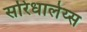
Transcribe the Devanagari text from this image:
सरिधालेय्स